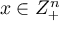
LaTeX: x \in Z _ { + } ^ { n }